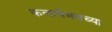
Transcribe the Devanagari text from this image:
कलावैभवच्या